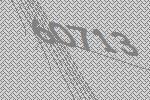
60713